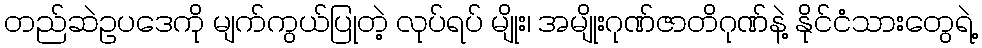
တည်ဆဲဥပဒေကို မျက်ကွယ်ပြုတဲ့ လုပ်ရပ် မျိုး၊ အမျိုးဂုဏ်ဇာတိဂုဏ်နဲ့ နိုင်ငံသားတွေရဲ့